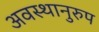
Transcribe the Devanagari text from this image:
अवस्थानुरुप